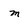
Character: m